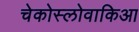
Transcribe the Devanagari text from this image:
चेकोस्लोवाकिआ